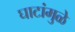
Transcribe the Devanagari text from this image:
घाटांमुळे